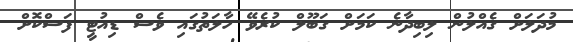
މުދަލަށް ގެއްލުން ލިބިދާނެ ކަމަށް ގަބޫލް ކުރެވޭ ހާލަތުގައި ވެސް ޑިއުޓީ ފަސްކޮށް